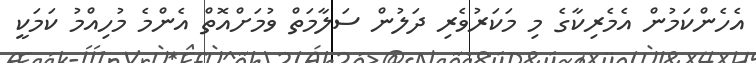
އެހެންކަމުން އެމެރިކާގެ މި މަކަރުވެރި ދަލުން ސަލާމަތް ވުމަށްއޮތް އެންމެ މުހިއްމު ކަމަކީ